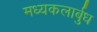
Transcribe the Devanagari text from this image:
मध्यकलार्बुध